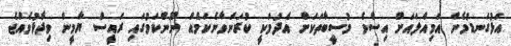
އަޅުގަނޑުމެން އަމިއްލައަށް އިސްވެ މުސީބާތަކަށް އެދުމަކީ ކުރަންވާނެކަމެއް ނޫންކަމުގައި ރައީސް ޔާމީން ވިދާޅުވެއްޖެ